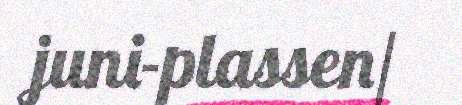
juni-plassen/